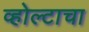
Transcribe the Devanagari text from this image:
व्होल्टाचा